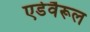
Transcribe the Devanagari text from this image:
एडेवैरूल